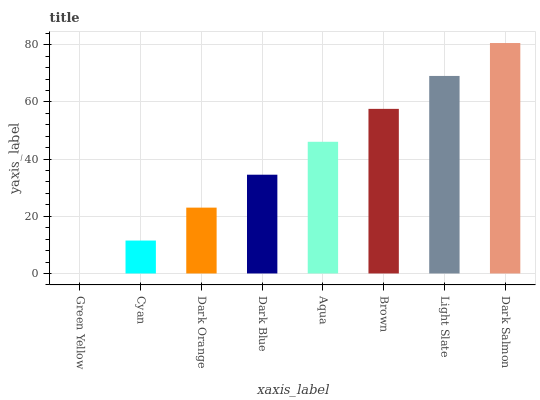
| xaxis_label | bars |
 | --- | --- |
 | Green Yellow | 0 |
 | Cyan | 11.5 |
 | Dark Orange | 23 |
 | Dark Blue | 34.5 |
 | Aqua | 46.1 |
 | Brown | 57.6 |
 | Light Slate | 69.1 |
 | Dark Salmon | 80.6 |